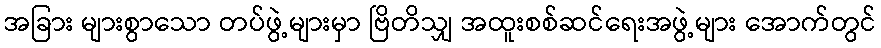
အခြား များစွာသော တပ်ဖွဲ့များမှာ ဗြိတိသျှ အထူးစစ်ဆင်ရေးအဖွဲ့များ အောက်တွင်